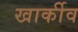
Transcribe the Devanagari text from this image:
खार्कीव